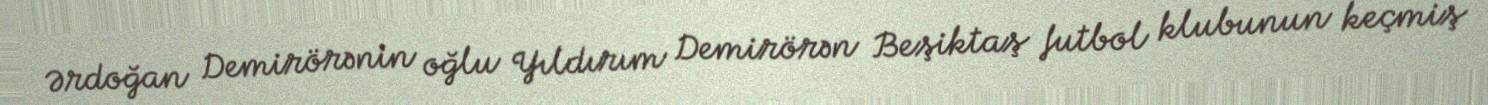
Ərdoğan Demirörənin oğlu Yıldırım Demirörən Beşiktaş futbol klubunun keçmiş